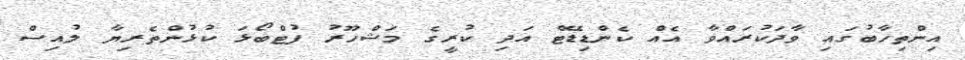
އިންތިހާބުގައި ވާދަކުރައްވާ އެއް ކެންޑިޑޭޓް އަދި ކުރީގެ މަޝްހޫރު ފުޓްބޯޅަ ކުޅުންތެރިޔާ ލުއިސް